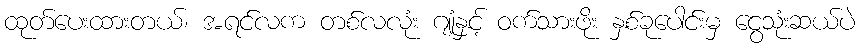
ထုတ်ပေးထားတယ်၊ အရင်လက တစ်လလုံး ဂျုံနှင့် ဝက်သားဖိုး နှစ်ခုပေါင်းမှ ငွေသုံးဆယ်ပဲ